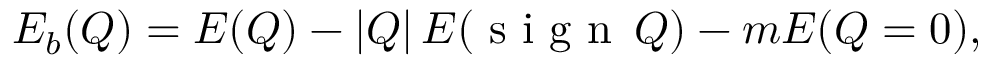
E _ { b } ( Q ) = E ( Q ) - \left| Q \right| E ( \textnormal { s i g n } \, Q ) - m E ( Q = 0 ) ,